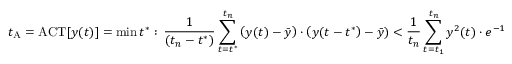
t _ { \mathrm { A } } = \mathrm { A C T } [ y ( t ) ] = \mathrm { m i n } \, t ^ { \ast } : \, \frac { 1 } { ( t _ { n } - t ^ { \ast } ) } \sum _ { t = t ^ { \ast } } ^ { t _ { n } } \left( y ( t ) - \bar { y } \right) \cdot \left( y ( t - t ^ { \ast } \right) - \bar { y } ) < \frac { 1 } { t _ { n } } \sum _ { t = t _ { 1 } } ^ { t _ { n } } y ^ { 2 } ( t ) \cdot e ^ { - 1 }